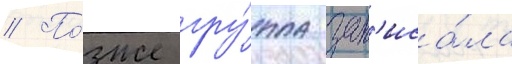
// По́зже гру́ппа зап'иса́ла